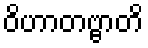
ဝိဟာတဗ္ဗာတိ